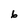
Character: 6